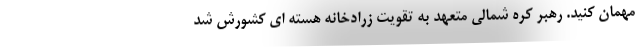
مهمان کنید. رهبر کره شمالی متعهد به تقویت زرادخانه هسته ای کشورش شد